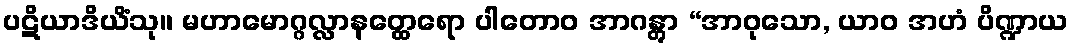
ပဋိယာဒိယိံသု။ မဟာမောဂ္ဂလ္လာနတ္ထေရော ပါတောဝ အာဂန္တွာ “အာဝုသော, ယာဝ အဟံ ပိဏ္ဍာယ